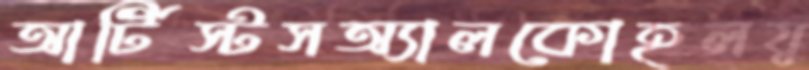
আর্টিস্টসঅ্যালকোহলযু